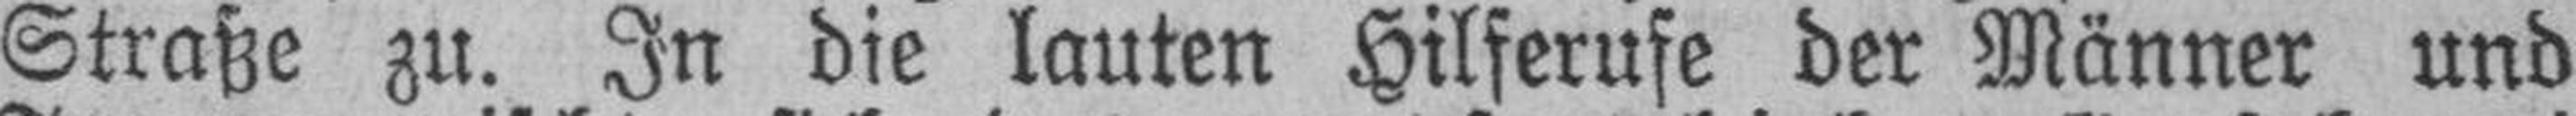
Straße zu. In die lauten Hilferufe der Männer und